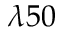
\lambda 5 0